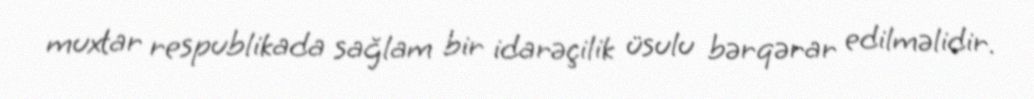
muxtar respublikada sağlam bir idarəçilik üsulu bərqərar edilməlidir.